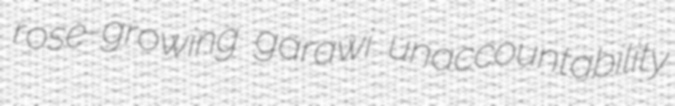
rose-growing garawi unaccountability